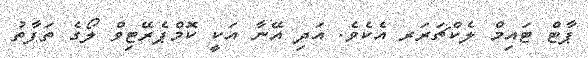
ޕާޓް ޓައިމް ލެކްޗަރަރ އެކެވެ. އަދި އޭނާ އަކީ ކޮމްޕެރޭޓިވް ލޯގެ ތަފާތު